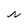
Character: N